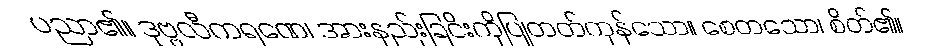
ပညာ၏။ ဒုဗ္ဗလီကရဏေ၊ အားနည်းခြငိးကိုပြုတတ်ကုန်သော။ စေတသော၊ စိတ်၏။